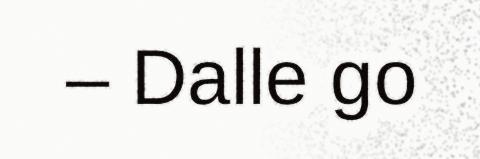
– Dalle go